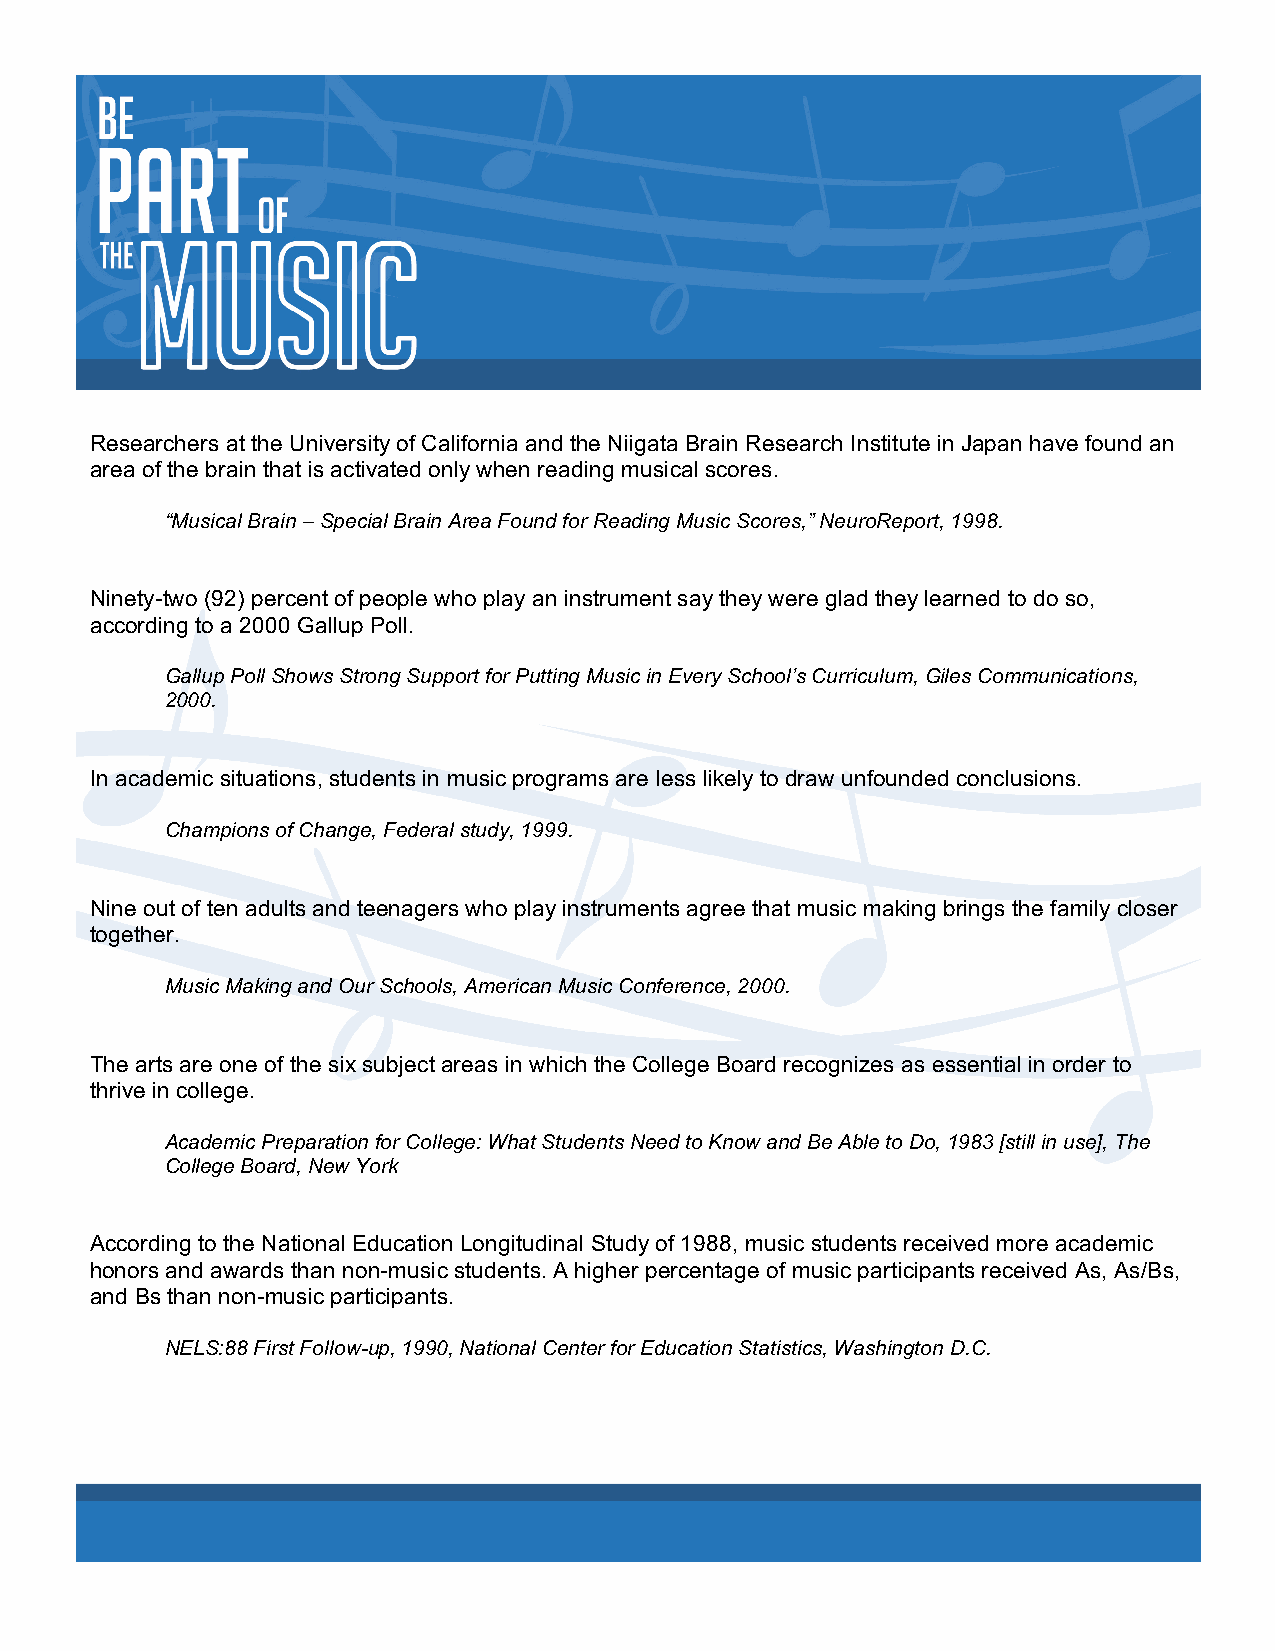
Researchers at the University of California and the Niigata Brain Research Institute in Japan have found an
 area of the brain that is activated only when reading musical scores.
 “Musical Brain – Special Brain Area Found for Reading Music Scores,” NeuroReport, 1998.
 Ninety-two (92) percent of people who play an instrument say they were glad they learned to do so,
 according to a 2000 Gallup Poll.
 Gallup Poll Shows Strong Support for Putting Music in Every School’s Curriculum, Giles Communications,
 2000.
 In academic situations, students in music programs are less likely to draw unfounded conclusions.
 Champions of Change, Federal study, 1999.
 Nine out of ten adults and teenagers who play instruments agree that music making brings the family closer
 together.
 Music Making and Our Schools, American Music Conference, 2000.
 The arts are one of the six subject areas in which the College Board recognizes as essential in order to
 thrive in college.
 Academic Preparation for College: What Students Need to Know and Be Able to Do, 1983 [still in use], The
 College Board, New York
 According to the National Education Longitudinal Study of 1988, music students received more academic
 honors and awards than non-music students. A higher percentage of music participants received As, As/Bs,
 and Bs than non-music participants.
 NELS:88 First Follow-up, 1990, National Center for Education Statistics, Washington D.C.